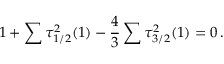
1 + \sum \tau _ { 1 / 2 } ^ { 2 } ( 1 ) - \frac { 4 } { 3 } \sum \tau _ { 3 / 2 } ^ { 2 } ( 1 ) = 0 \, .